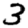
Digit: 3